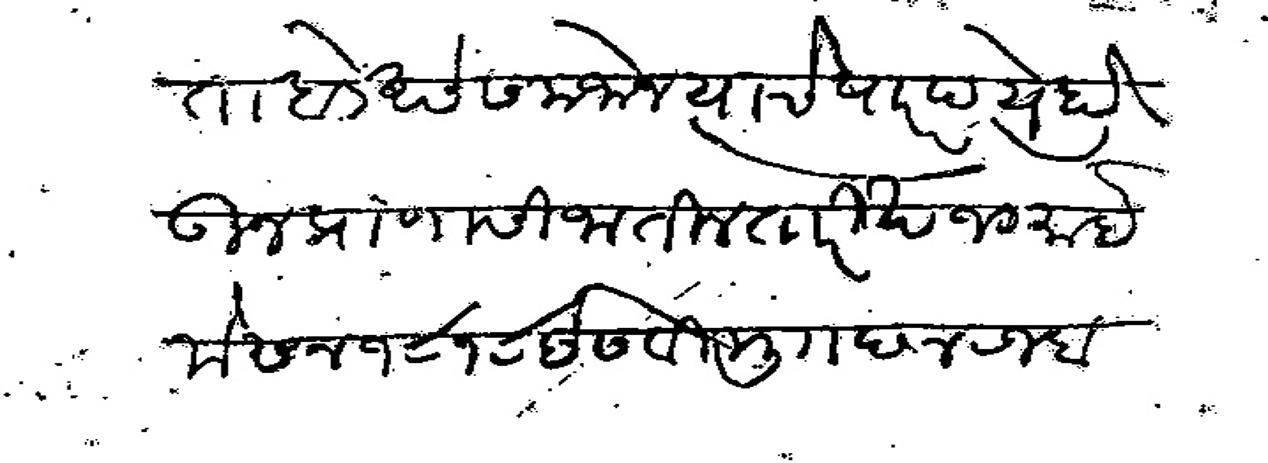
Transliteration (Devanagari): होता बडे असे समजोन त्याचे पारपत्ये होऊन प्राणासी जातील तारिख १० माहेमे सन १८१८ इसवी मु छ४ रजब